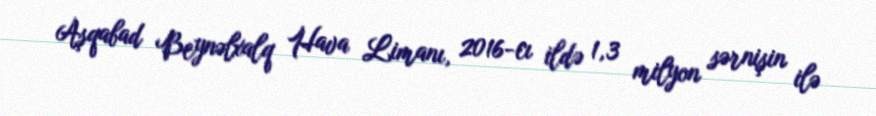
Aşqabad Beynəlxalq Hava Limanı, 2016-cı ildə 1,3 milyon sərnişin ilə